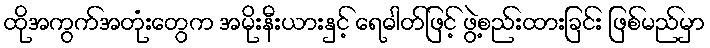
ထိုအကွက်အတုံးတွေက အမိုးနီးယားနှင့် ရေဓါတ်ဖြင့် ဖွဲ့စည်းထားခြင်း ဖြစ်မည်မှာ